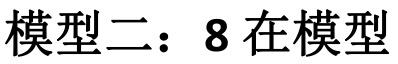
模型二：8在模型